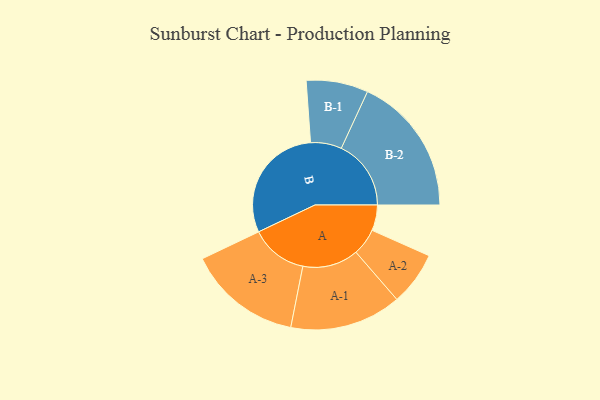
{"axis": {"x": "Segment", "y": "Value"}, "legend": ["", "A", "B"], "data": [{"x": "A", "y": 101, "type": ""}, {"x": "B", "y": 470, "type": ""}, {"x": "A-1", "y": 220, "type": "A"}, {"x": "A-2", "y": 106, "type": "A"}, {"x": "A-3", "y": 225, "type": "A"}, {"x": "B-1", "y": 122, "type": "B"}, {"x": "B-2", "y": 275, "type": "B"}]}